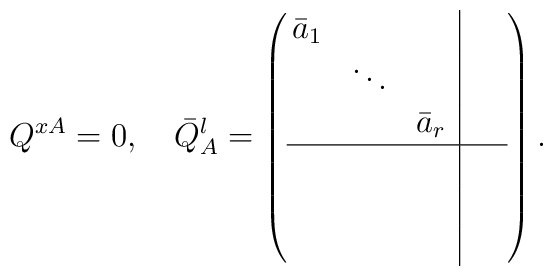
Q^{xA}=0, \quad \bar{Q}^{l}_{A}=\left( \begin{array}{@{\,}ccc|@{\,}cc}\bar{a}_1 &        &           &&   \\           & \ddots &           &&  \\           &        & \bar{a}_r &&   \\ \hline           &        &           &&   \\          &       &            &&  \\          &        &           &&\end{array} \right).